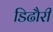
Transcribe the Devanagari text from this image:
डिढौरी